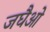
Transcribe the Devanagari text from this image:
जघैओ